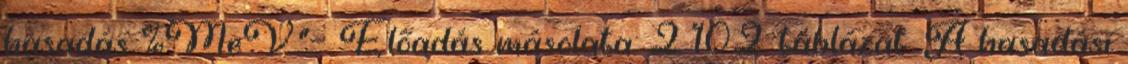
hasadás %MeV."— Előadás másolata: 2 10.2. táblázat. A hasadási